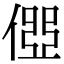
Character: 𠍄